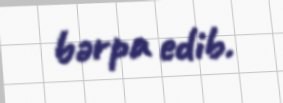
bərpa edib.